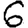
Digit: 6